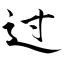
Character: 过